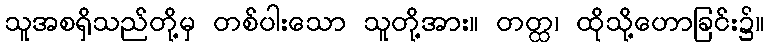
သူအစရှိသည်တို့မှ တစ်ပါးသော သူတို့အား။ တတ္ထ၊ ထိုသို့ဟောခြင်း၌။